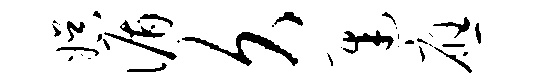
娱循久迟应